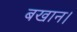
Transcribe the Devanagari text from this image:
बखान।